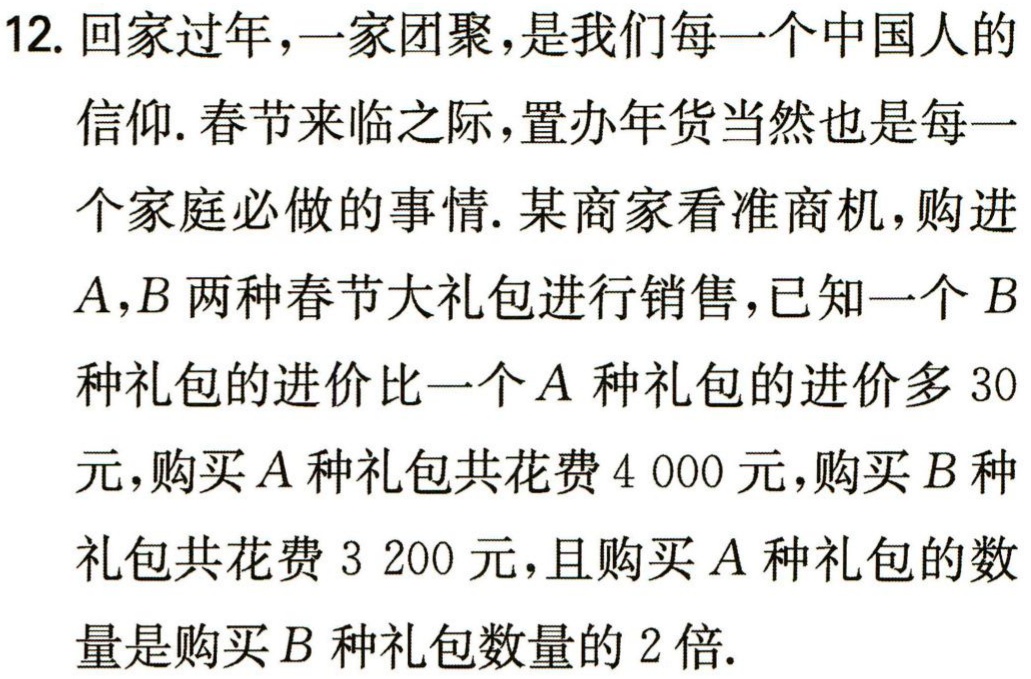
12. 回家过年，一家团聚，是我们每一个中国人的

信仰. 春节来临之际，置办年货当然也是每一

个家庭必做的事情. 某商家看准商机，购进

\(A,B\) 两种春节大礼包进行销售，已知一个 \(B\)

种礼包的进价比一个 \(A\) 种礼包的进价多 \(30\)

元，购买 \(A\) 种礼包共花费 \(4 000\) 元，购买 \(B\) 种

礼包共花费 \(3 200\) 元，且购买 \(A\) 种礼包的数

量是购买 \(B\) 种礼包数量的 \(2\) 倍.